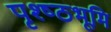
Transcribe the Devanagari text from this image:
पृश्ष्‍ठभूमि